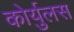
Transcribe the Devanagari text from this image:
कोर्युलस